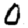
Digit: 0